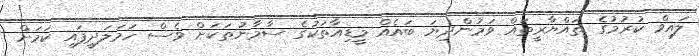
ލައިވް ކުރުމުގެ ތައްޔާރީތައް ވަމުންދިޔަ ބައެއް މީޑިއާތަކުގެ ސާމާނުތަކަށް ވެސް ހަމަލަދީފައި ކަމަށް